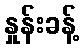
နှုန်းခန့်